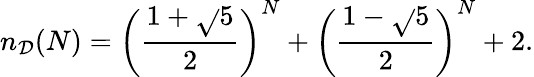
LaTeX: n_{\mathcal{D}}(N)=\left(\frac{{1+\sqrt{}{5}}}{{2}}\right)^{N}+\left(\frac{{1-\sqrt{}{5}}}{{2}}\right)^{N}+2.